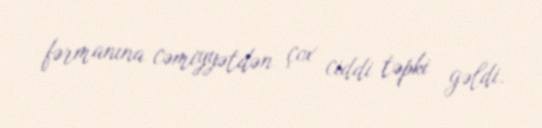
fərmanına cəmiyyətdən çox ciddi təpki gəldi.